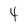
Character: 4